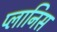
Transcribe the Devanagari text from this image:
प्लानिस